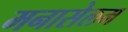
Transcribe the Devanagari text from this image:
मनासेलम